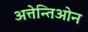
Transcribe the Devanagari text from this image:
अत्तेन्तिओन